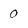
Character: o